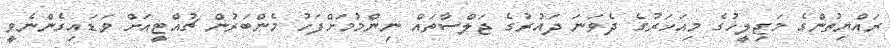
ރައްޔިތުންގެ މަޖިލީހުގެ މިއަހަރުގެ ދެވަނަ ދައުރުގެ ޖަލްސާތައް ނިންމުމަށްފަހު މެންބަރުން ޗުއްޓީއަށް ވަޑައިގެންނެވީ